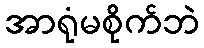
အာရုံမစိုက်ဘဲ